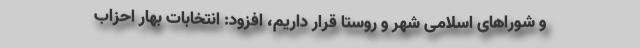
و شوراهای اسلامی شهر و روستا قرار داریم، افزود: انتخابات بهار احزاب